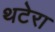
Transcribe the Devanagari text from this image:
थटेरा